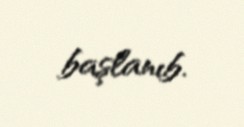
başlanıb.